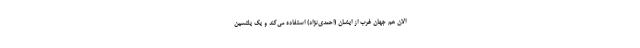
الان هم جهان غرب از ایشان (احمدی‌نژاد) استفاده می‌کند و یک یلتسین